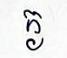
ក្ង